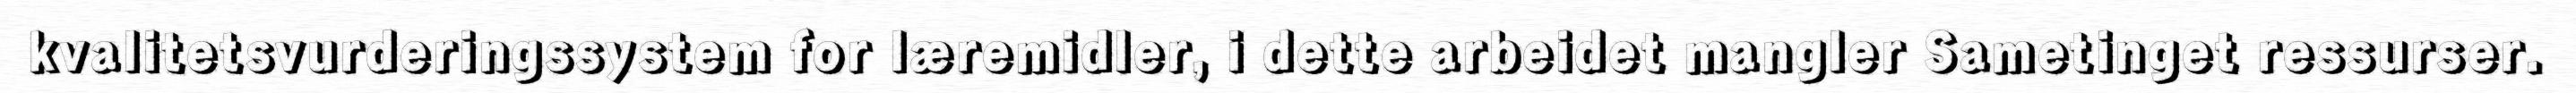
kvalitetsvurderingssystem for læremidler, i dette arbeidet mangler Sametinget ressurser.